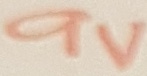
Text: 9V